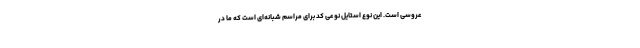
عروسی است. این نوع استایل نوعی کد برای مراسم شبانه‌ای است که ما در